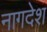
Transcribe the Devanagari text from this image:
नागदेश